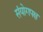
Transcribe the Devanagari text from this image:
संयोगपक्ष